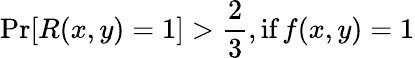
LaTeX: \operatorname*{Pr}[R(x,y)=1]>{\frac{2}{3}},{\textrm{if}}\, f(x,y)=1